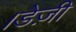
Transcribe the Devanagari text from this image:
।डेज़ी